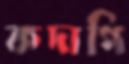
কদাপি